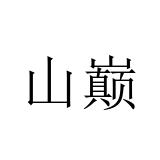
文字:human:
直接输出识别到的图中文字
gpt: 山巅